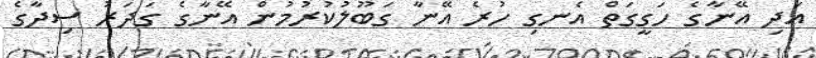
އަދި އޭނާގެ ހަގީގަތް އެނގި ހުރެ އޭނާ ގަބޫލުކުރުމުން އޭނާގެ ގަދަރު ސިދާގެ